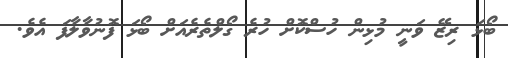
ބޯޅަ ރިޒޭ ވަނީ މުޅިން ހުސްކޮށް ހުރެ ގޯލްތެރެއަށް ބޯޅަ ފޮނުވާލާފަ އެވެ.